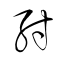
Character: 紂